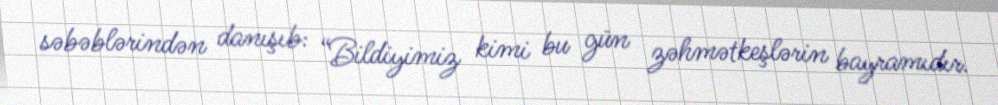
səbəblərindən danışıb: “Bildiyimiz kimi bu gün zəhmətkeşlərin bayramıdır.